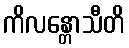
ကိလန္တောသီတိ